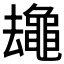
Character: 𱋻